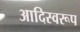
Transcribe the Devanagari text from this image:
आदिस्वरूप